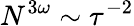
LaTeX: N^{3\omega}\sim\tau^{-2}